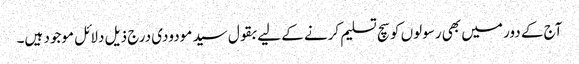
آج کے دور میں بھی رسولوں کو سچ تسلیم کرنے کے لیے بقول سید مودودی درج ذیل دلائل موجود ہیں۔